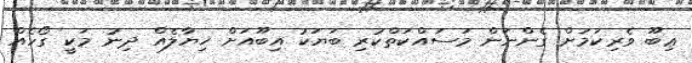
ޢިބޫ ވެރިކަަމަށް ގެންނަން މަސައްކަތްކުރި ބަޔަކު އިބޫއަށް ޚިޔާލެއް ދިނު މަކީ ގޯހެއް